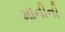
માનીની